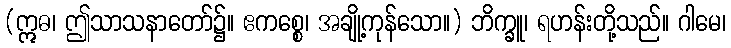
(ဣဓ၊ ဤသာသနာတော်၌။ ဧကစ္စေ၊ အချို့ကုန်သော။) ဘိက္ခူ၊ ရဟန်းတို့သည်။ ဂါမေ၊